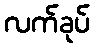
လက်ခုပ်